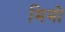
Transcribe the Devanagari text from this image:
मिमो